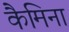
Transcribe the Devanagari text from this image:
कैमिना